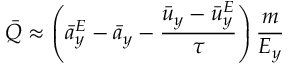
\bar { Q } \approx \left( \bar { a } _ { y } ^ { E } - \bar { a } _ { y } - \frac { \bar { u } _ { y } - \bar { u } _ { y } ^ { E } } { \tau } \right) \frac { m } { E _ { y } }